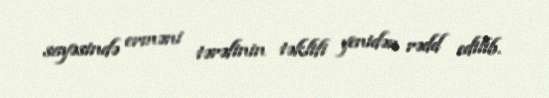
sayəsində erməni tərəfinin təklifi yenidən rədd edilib.